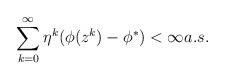
LaTeX: \begin{align*}\sum_{k=0}^{\infty} \eta^k(\phi(z^k)-\phi^{\ast}) <\infty a.s.\end{align*}